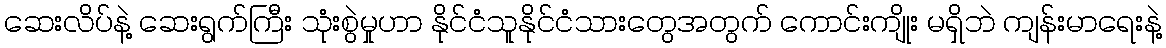
ဆေးလိပ်နဲ့ ဆေးရွက်ကြီး သုံးစွဲမှုဟာ နိုင်ငံသူနိုင်ငံသားတွေအတွက် ကောင်းကျိုး မရှိဘဲ ကျန်းမာရေးနဲ့